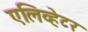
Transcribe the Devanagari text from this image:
एलिव्हेटर